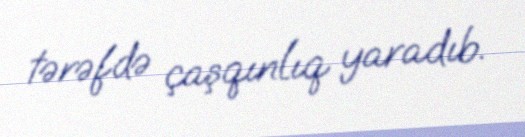
tərəfdə çaşqınlıq yaradıb.